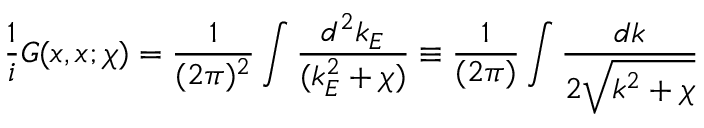
\frac { 1 } { i } { \cal G } ( x , x ; \chi ) = \frac { 1 } { ( 2 \pi ) ^ { 2 } } \int \frac { d ^ { 2 } k _ { E } } { ( k _ { E } ^ { 2 } + \chi ) } \equiv \frac { 1 } { ( 2 \pi ) } \int \frac { d k } { 2 \sqrt { k ^ { 2 } + \chi } }